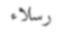
رسلاء